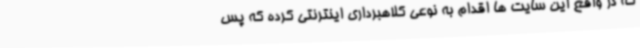
که در واقع این سایت ها اقدام به نوعی کلاهبرداری اینترنتی کرده که پس